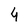
Character: 4